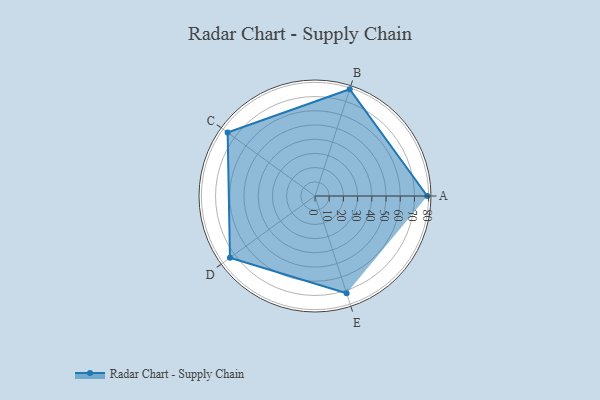
{"axis": {"x": "Skill", "y": "Score"}, "legend": ["Profile"], "data": [{"x": "A", "y": 79.0, "type": "Profile"}, {"x": "B", "y": 79.0, "type": "Profile"}, {"x": "C", "y": 76.0, "type": "Profile"}, {"x": "D", "y": 74.0, "type": "Profile"}, {"x": "E", "y": 72.0, "type": "Profile"}]}